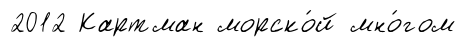
2012 Картман морско́й мно́гом